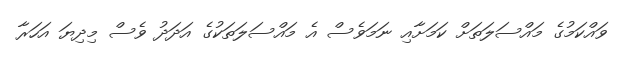
ވައްކަމުގެ މައްސަލަތަށް ކަމަށާއި ނަމަވެސް އެ މައްސަލަތަކުގެ އަދަދު ވެސް މިދިޔަ އަހަރާ